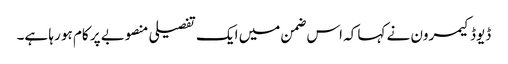
ڈیوڈ کیمرون نے کہا کہ اس ضمن میں ایک تفصیلی منصوبے پر کام ہو رہا ہے۔